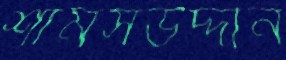
শামসউদ্দীন